Document type: Emphyteutic lease
Year: 1316
Scribe: Guillem de Vila
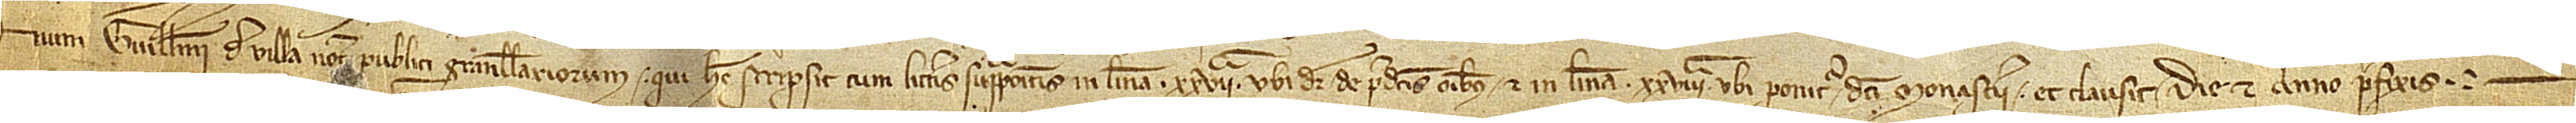
num Guillelmi de Villa, notarii publici Granullariorum, qui hec scripsit cum litteris suprapositis in linea XXVIIª, ubi dicitur “de predictis omnibus”, et in linea XXVIIIª, ubi ponitur “dicti monasterii”, et clausit die et anno prefixis.